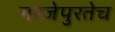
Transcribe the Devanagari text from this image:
गरजेपुरतेच